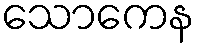
သောကေန